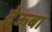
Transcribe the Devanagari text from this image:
देऊबा